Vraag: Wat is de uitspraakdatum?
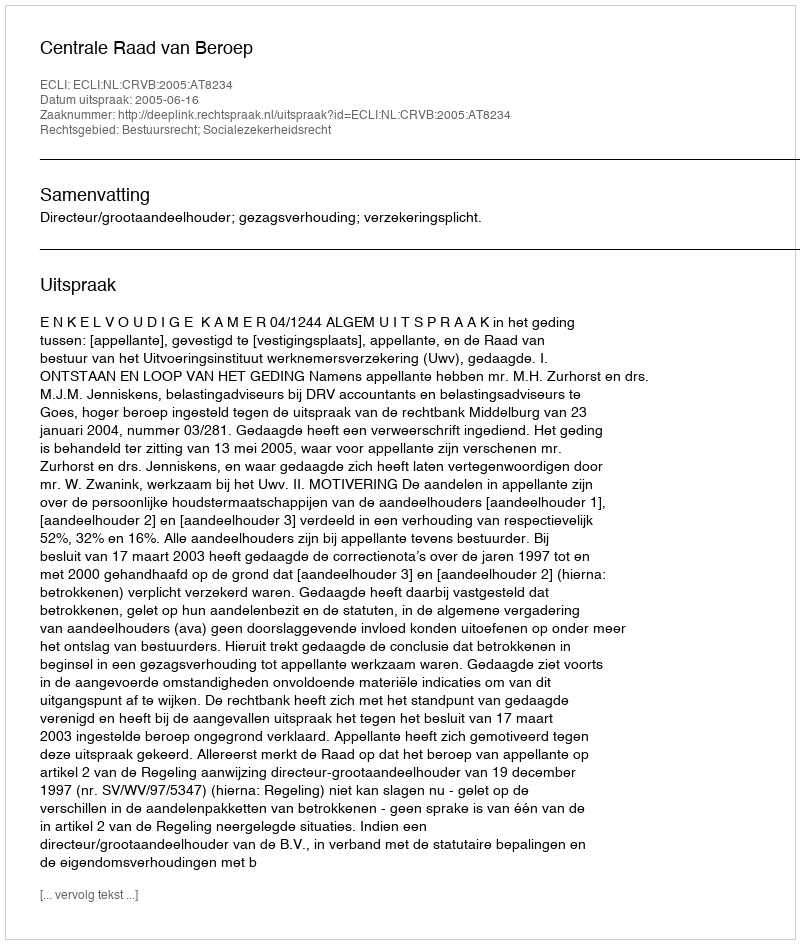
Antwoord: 2005-06-16